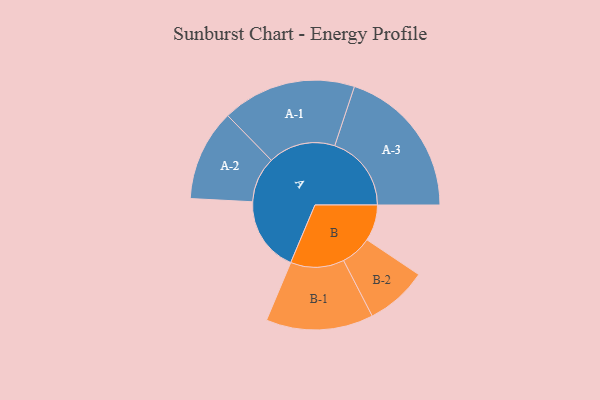
{"axis": {"x": "Segment", "y": "Value"}, "legend": ["", "A", "B"], "data": [{"x": "A", "y": 284, "type": ""}, {"x": "B", "y": 137, "type": ""}, {"x": "A-1", "y": 254, "type": "A"}, {"x": "A-2", "y": 173, "type": "A"}, {"x": "A-3", "y": 290, "type": "A"}, {"x": "B-1", "y": 203, "type": "B"}, {"x": "B-2", "y": 117, "type": "B"}]}